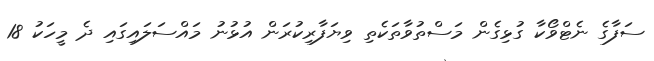
ސަފާގެ ނެޓްވޯކާ ގުޅިގެން މަސްތުވާތަކެތި ވިޔަފާރިކުރަން އުޅުނު މައްސަލައިގައި ދެ މީހަކު 18